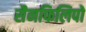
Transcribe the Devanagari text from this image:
सैनफिलिपो